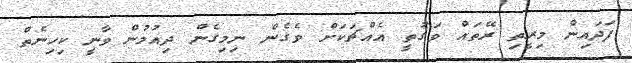
ފަދައިން މިރީތި ރޭތައް ވަގުތީ އެއްޗަކަށް ވެގެން ނިމިގެން ދިއުމުން ވާނީ ކިހިނެތް